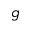
g